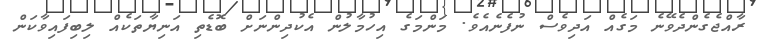
ރާއްޖެގެންދެވޭނެ މަގެއް އަދިވެސް ނުފެނެއެވެ. މަންމަގެ އިހުމާލުން އެކުދިންނަށް ބޮޑެތި އަނިޔާތަކެއް ލިބިފައިވާކަން